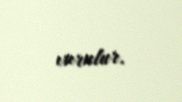
vurulur.